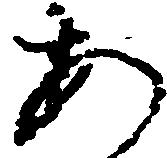
あ